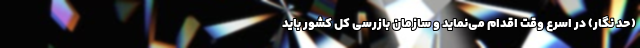
(حد نگار) در اسرع وقت اقدام می‌نماید و سازمان بازرسی کل کشور باید